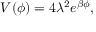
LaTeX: V ( \phi ) = 4 \lambda ^ { 2 } e ^ { \beta \phi } ,